Annual report of the Punjab Veterinary College and of the Civil Veterinary Department, Punjab - 1909-1919
Year: 1909
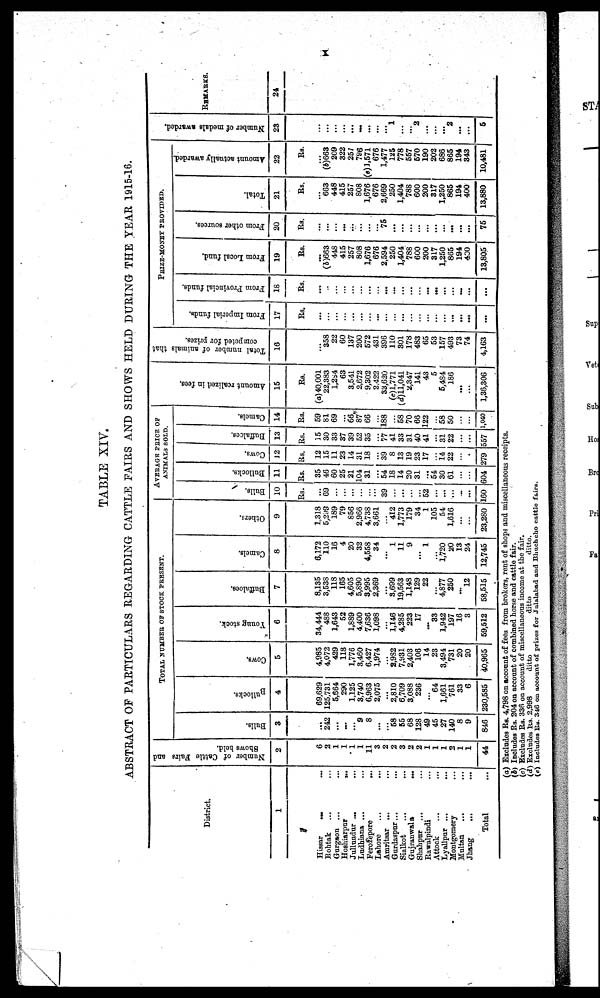
I
TABLE XIV.
ABSTRACT OF PARTICULARS REGARDING CATTLE FAIRS AND SHOWS HELD DURING THE YEAR 1915-16.
District.
1
Hissar ... ...
Rohtak ... ...
Gurgson ... ...
Hoshiarpur
...
...
Jullundur ... ...
Ludhiana ... ...
Ferozepore ... ...
Lahore... ...
Amritsar ... ...
Gurdaspar ... ...
Sialkot ... ...
Gujranwala
...
...
Shahpur ... ...
Rawalpindi ... ...
Attock ... ...
Lyallpur ... ...
Montgomery
Multan ... ...
Jhang ... ...
Total ...
Number of Cattle Fairs and
Shows held.
2
6
2
1
1
1
1
11
3
2
2
3
2
2
1
1
1
2
1
1
44
TOTAL NUMBER OF STOCK PRESENT..
Bulls.
3
...
242
...
...
...
9
8
...
... 58
55
68
128
49
45
27
140
8
9
846
Bullocks.
4
69,629
125,731
5,564
290
1,125
3,740
6,963
2,075
...
2,810
6,709
3.088
236
... 64
1,661
761
33
6
230,585
Cows.
5
4,985
4,072
429
118
1,776
3,460
6,427
1,974
... 2,932
7,931
2,403
108
14
23
3,494
731
20
20
40,965
Young stock.
6
34,444
488
1,643
52
1,889
4,400
7,636
1,098
... 1,146
4,285
223
17
...
33
1,942
197
16
3
59,512
Buffaloes.
7
8,135
3,538
118
165
4,605
5,890
3,995
2,369
...
3,699
19,563
1,148
129
22
...
4,877
250
...
12
58,515
Camels.
8
6,172
110
16
4
20
32
4,558
34
...
1
11
9
...
1
...
1,720
20
13
24
12,745
Others.
9
1,318
5,298
189
79
856
2,966
4,738
3,661
... 412
1,773
179
34
1
105
54
1,616
...
...
23,280
AVERAGE PRICE OF
ANIMALS SOLD.
Bulls.
10
Rs.
...
69
...
...
...
...
...
... 39
...
...
...
... 52
... ...
...
...
...
160
Bullocks.
11
Rs.
35
46
60
25
21
104
31
... 54
18
14
20
31
...
54
30
61
...
...
604
Cows.
12
Rs.
12
15
11
23
14
31
18
... 39
8
13
19
23
17
... 14
22
...
...
279
Buffalces.
13
Rs.
15
30
33
37
39
52
35
... 77
41
33
31
40
41
... 31
22
...
...
357
Camels.
14
Rs.
59
81
69
... 66
87
66
... 188
58
70
66
122
... 58
50
...
...
1,040
Amo u n t r e a l i z e d in fees.
15
Rs.
(a) 40,001
22,383
1,254
63
3,541
2,672
9,302
2,422
33,620
(c)l,771
(d)11,041
2,347
141
43
5
5,484
186
...
...
1,36,306
Total number of animals that
competed for prizes.
16
...
358
22
60
137
200
572
431
396
110
301
178
483
65
53
157
493
73
74
4,163
PRIZE-MONEY PROVIDED.
From Imperial funds,
17
Rs.
...
... ...
...
... ...
... ...
...
... ...
...
...
...
... ...
...
...
...
...
From Provincial funds.
18
Rs.
...
...
...
...
...
... ...
... ...
...
...
...
... ...
... ...
... ...
...
...
From Local fund.
19
Rs.
...
(b)663
448
415
257
808
1,676
676
2,594
250
1,404
788
600
200
317
1,250
865
194
430
13,805
From other sources.
20
Rs.
...
...
...
...
...
...
...
... 75
...
...
...
...
... ...
...
...
...
...
75
Total.
21
Rs.
...
663
448
415
257
808
1,676
676
2,669
250
1,404
788
600
200
317
1,250
865
194
400
13,880
Amount actually awarded.
22
Rs.
...
(b)663
209
322
257
796
(e) 1,571
676
1,477
125
778
557
570
190
202
686
865
194
343
10,481
Number of medals awarded.
23
...
... ...
... ...
...
...
...
...
1
...
...
2
...
... ...
2
...
...
5
REMARKS.
24
(a) Excludes Rs. 4,798 on account of tees from brokers, rent of shops and miscellaneous receipts.
(b) Includes Rs. 204 on account of combined horse and cattle fair.
(c) Excludes Rs. 336 on account of miscellaneous income at the fair.
(d) Excludes Rs. 2,998
ditto
ditto
ditto.
(e) Includes Rs. 346 on account of prizes for Jalalabad and Bhuchcho cattle fairs.